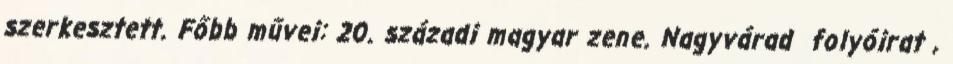
szerkesztett. Főbb művei: 20. századi magyar zene. Nagyvárad folyóirat ,